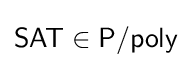
{\mathsf {SAT}}\in {\mathsf {P/poly}}